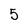
Character: 5